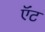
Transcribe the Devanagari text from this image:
ऍंट